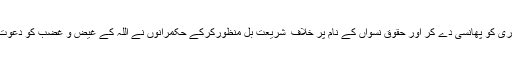
ممتاز قادری کو پھانسی دے کر اور حقوقِ نسواں کے نام پر خلاف ِ شریعت بل منظورکرکے حکمرانوں نے اللہ کے غیض و غضب کو دعوت دی ہے۔